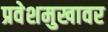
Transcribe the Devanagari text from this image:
प्रवेशमुखावर